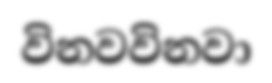
විනවවිනවා